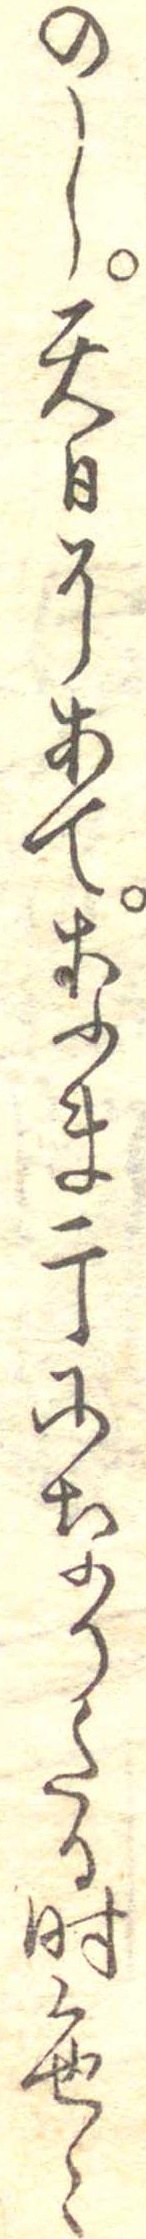
のし天日にあてなま干になりたる時色々